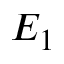
E _ { 1 }